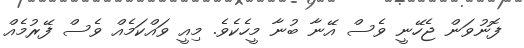
ފޮނުވަން ޖެހޭނީ ވެސް އޭނާ ބުނާ މީހެކެވެ. މިއީ ވައްކަމެއް ވެސް ފޭރުމެއް